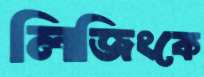
লিজিংকে